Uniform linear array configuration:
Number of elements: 32
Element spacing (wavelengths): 0.25
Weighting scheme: binomial
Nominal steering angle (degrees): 60
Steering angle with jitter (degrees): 59.182
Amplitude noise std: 0.05
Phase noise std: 0.05

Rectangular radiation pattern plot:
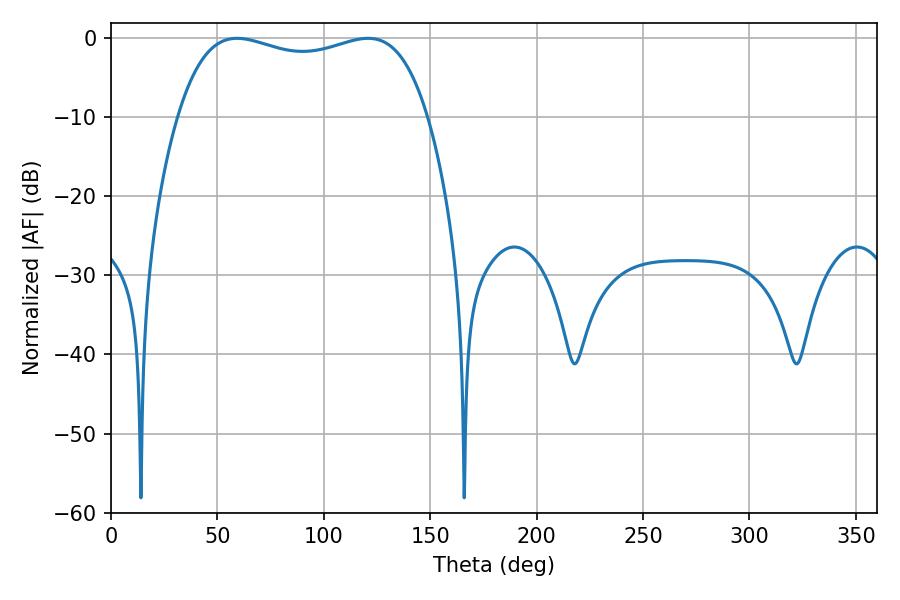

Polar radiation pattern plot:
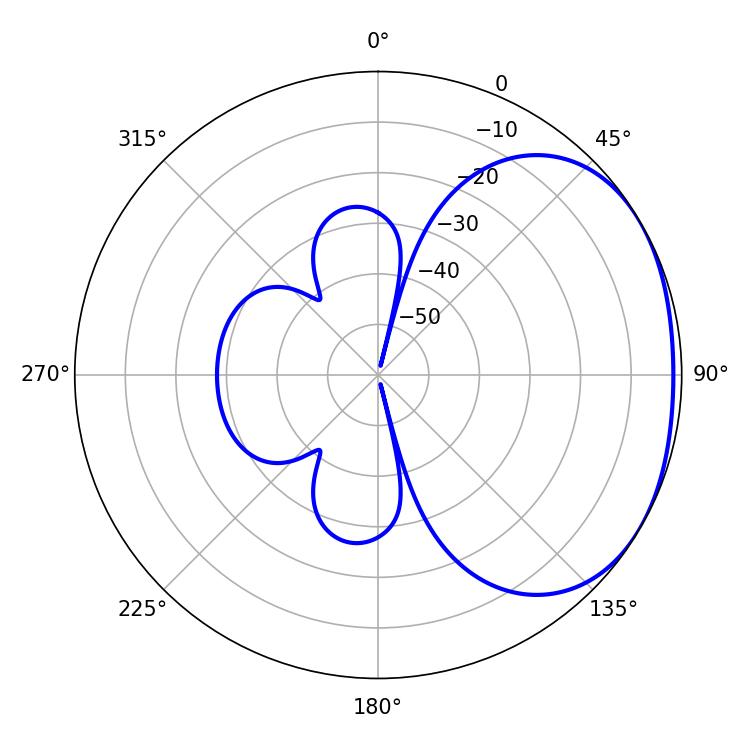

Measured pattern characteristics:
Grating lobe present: FALSE
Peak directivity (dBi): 1.895
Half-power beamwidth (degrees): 95.76
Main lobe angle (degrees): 120.78